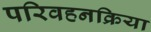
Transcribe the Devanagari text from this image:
परिवहनक्रिया